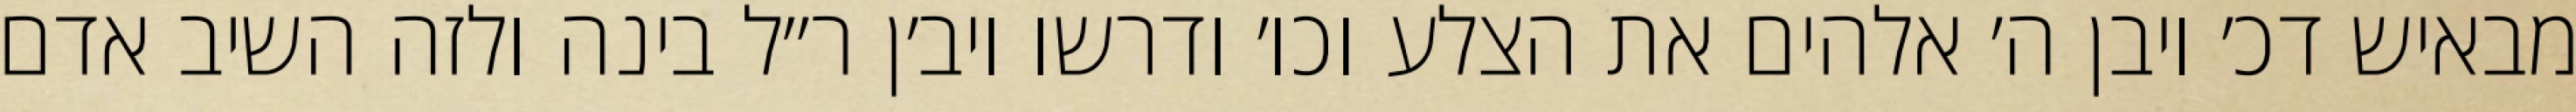
מבאיש דכ׳ ויבן ה׳ אלהים את הצלע וכו׳ ודרשו ויב׳ן ר״ל בינה ולזה השיב אדם